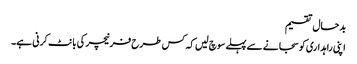
بدحال تقسیم
اپنی راہداری کو سجانے سے پہلے سوچ لیں کہ کس طرح فرنیچر کی بانٹ کرنی ہے۔